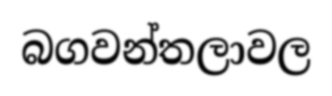
බගවන්තලාවල